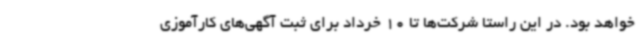
خواهد بود. در این راستا شرکت‌ها تا 10 خرداد برای ثبت آگهی‌های کارآموزی